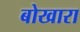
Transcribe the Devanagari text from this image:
बोखारा